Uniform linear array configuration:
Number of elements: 64
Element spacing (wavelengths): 1
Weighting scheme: kaiser
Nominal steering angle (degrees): -15
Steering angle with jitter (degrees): -13.823
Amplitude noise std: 0.05
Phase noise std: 0.05

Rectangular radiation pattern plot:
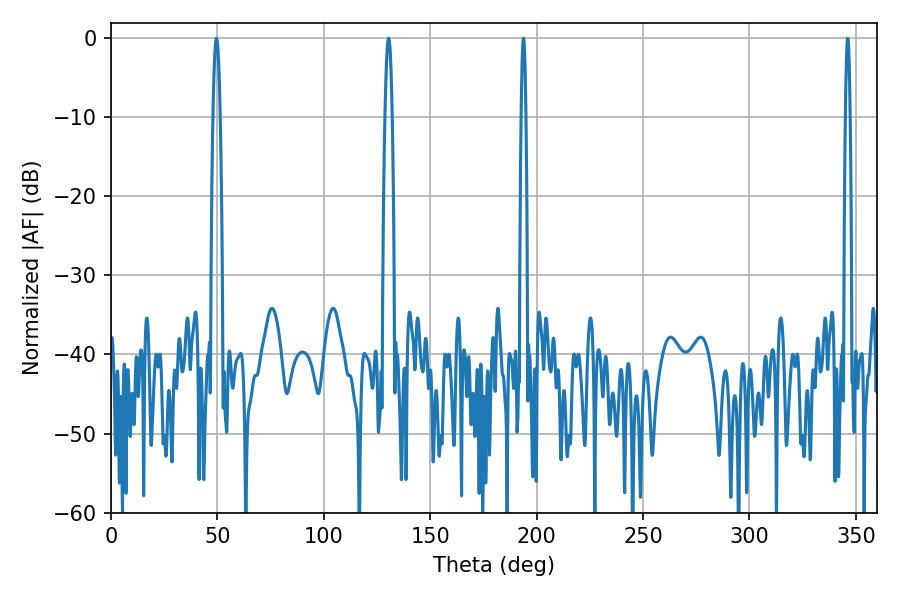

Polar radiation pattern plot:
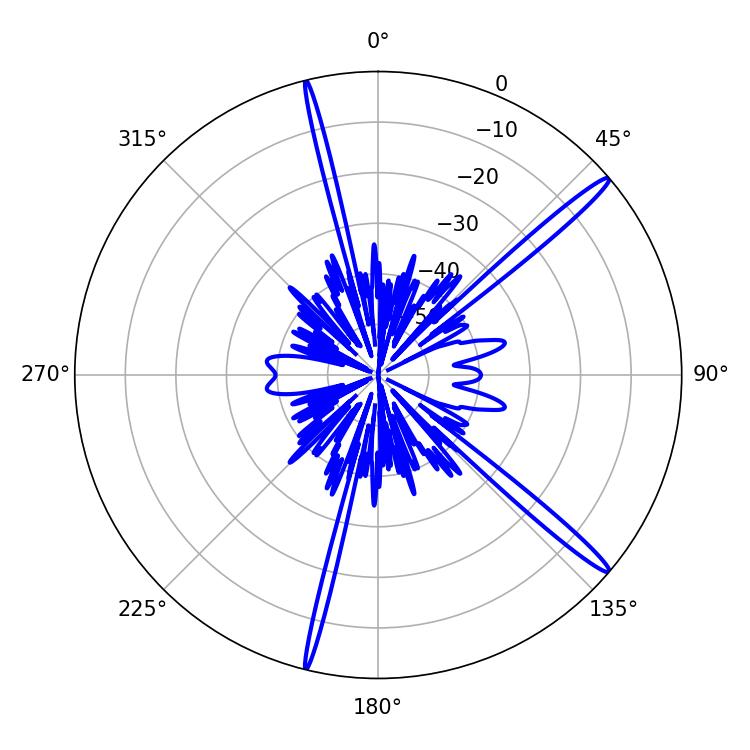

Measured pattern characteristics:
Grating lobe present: TRUE
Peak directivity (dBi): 16.651
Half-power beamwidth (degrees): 1.08
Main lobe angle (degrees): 193.86